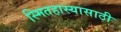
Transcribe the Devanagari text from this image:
स्मितहास्यासाठी